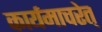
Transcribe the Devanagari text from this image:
कार्यमाचरेत्